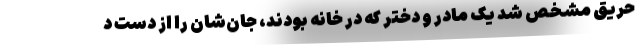
حریق مشخص شد یک مادر و دختر که در خانه بودند، جان‌شان را از دست د